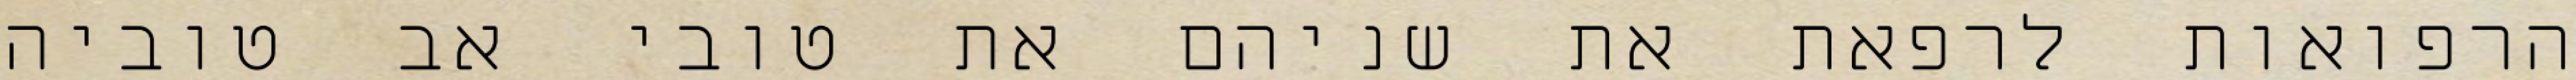
הרפואות לרפאת את שניהם את טובי אב טוביה